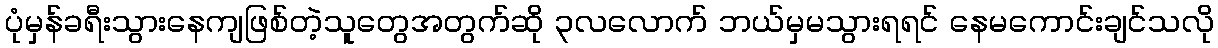
ပုံမှန်ခရီးသွားနေကျဖြစ်တဲ့သူတွေအတွက်ဆို ၃လလောက် ဘယ်မှမသွားရရင် နေမကောင်းချင်သလို